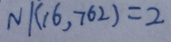
N / ( 1 6 , 7 6 2 ) = 2